Annual report on the lock hospitals of the Madras Presidency
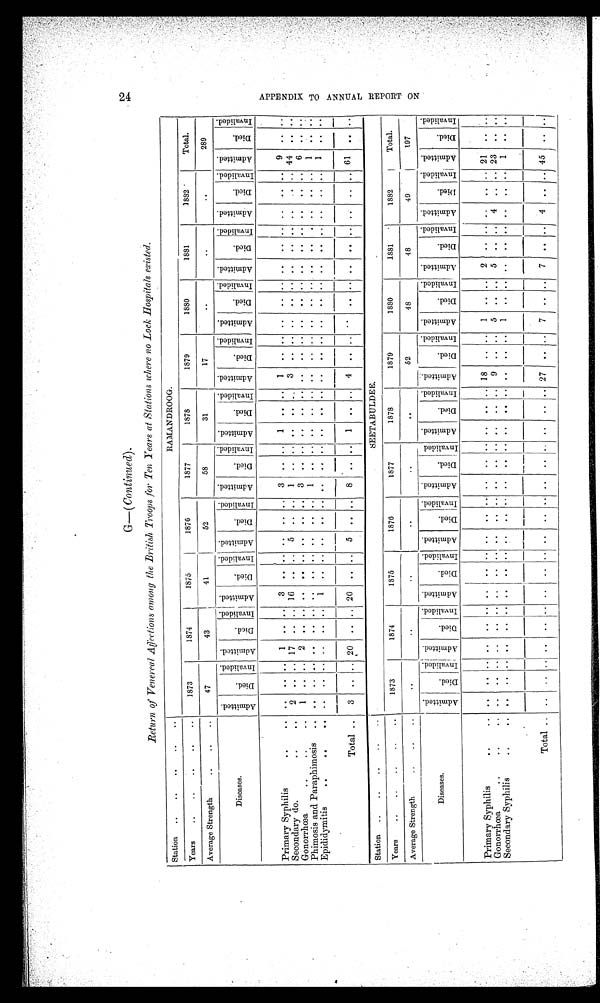
G—( Continued).
Return of Venereal Affections among the British Troops for Ten Years at Stations where no Lock _Hospitals existed.
Station ..
..
..
..
..
RAMANDROO
G
Years
..
..
..
..
..
1873
1874
1875
1876
1877
1878
1879
1880
1881
1882
Total.
Average Strength
..
..
..
47
43
41
52
58
31
17
..
..
..
289
Diseases.
A d m i t t e d .
Died.
I n v a l i d e d . A d m i t t e d .
D i e d . I n v a l i d e d .
A d m i t t e d .
Di e d .
I n v a l i d e d . A d m i t t e d .
D i e d . I n v a l i d e d .
A d m i t t e d .
D i e d .
I nva l i de d.
Admi t t ed.
D i e d .
I n v a l i d e d . A d m i t t e d .
D i e d .
I n v a l i d e d . A d m i t t e d . D i e d .
I nva l i de d. A d m i t t e d .
D i e d .
I n v a l i d e d . A d m i t t e d .
D i e d .
I n v a l i d e d .
Ad mi t t e d .
Di e d .
I n v a l i d e d .
Primary Syphilis
..
.. . .
. . . . 1 .. .. 3 .. .. .. .. .. 3 .. .. 1 .. .. 1
. . . . . .
. . . . . .
. . . .
. . . . . .
9 . . . .
Secondary do.
..
.. 2 .. .. 17 . . .. 16 .. .. 5 .. .. 1 .. .. .. .. ..
3
. . . . . .
. . . . . .
. . . .
. . . . . . 4 4
. . . .
Gonorrhœa
..
..
.. 1
. .
. . 2 . . .. . .
.. .. . . .. ..
3 . . . . ..
. .
. . ..
. . . . . .
. . . . . .
. . . .
. . . . . . 6
. . . .
Phimosis and Paraphimosis .. .. .. . . .. .. .. ..
. . ..
. .
. .
.. 1 ..
. . . .
. . . . . .
. . . . . .
. . . . . .
. . . .
. . . . . . 1 . . . .
Epididymitis
..
..
. .
. . . .
. .
. . . . 1 .. ..
. .
. .
..
. . ..
. . . .
. . . . . .
. . . . . .
. . . . . .
. . . .
. . . . . .
1 . . . .
Total ..
3
. .
. .
2 0
. .
..
2 0 ..
..
. 5 .
. .
..
3 .. . .
1 . .
. .
4 . .
. .
. .
. .
. . . .
. .
. .
. . . .
. . 61
. . . .
Station ..
..
..
..
..
SEETABULDEE.
Years
..
..
..
..
..
1873
1874
1875
1876
1877
1878
1879
1880
1881
1882
Total.
Average Strength
..
..
..
..
..
..
..
..
..
52
48
48
49
197
Diseases.
A d m i t t e d .
D i e d . I n v a l i d e d . Ad mi t t e d .
D i e d .
I n v a l i d e d . A d m i t t e d .
D i e d .
I n v a l i d e d . A d m i t t e d .
D i e d .
I n v a l i d e d . A d m i t t e d .
Di e d . I n v a l i d e d . Ad mi t t e d .
D i e d .
I n v a l i d e d .
A d m i t t e d .
D i e d .
I n v a l i d e d . A d m i t t e d .
D i e d .
I n v a l i d e d . A d m i t t e d .
D i e d .
I n v a l i d e d . A d m i t t e d .
Died.
I n v a l i d e d . A d m i t t e d .
D i e d .
I n v a l i d e d .
Primary Syphilis
.. ..
. .
. .
.. ..
. . . . . .
. . . . . . ..
. . . .
. . . .
..
. . . .
18 .. .. 1 .. .. 2 .. .. . .
. . .. 21 .. ..
Gonorrhœa
..
..
.. .. .. .. .. .. . . . .
. .
. . . .
. . . . . .
. .
. . ..
. .
. . 9 .. .. 5 .. .. 5 .. ..
4 .. ..
2 3 .. ..
Secondary Syphilis
..
..
. .
. .
..
..
. .
. .
. .
. .
. .
. . .. . .
. .
. . . .
..
. . . .
. .
. .
. .
1 . .
. . . .
. .
. . . .
. .
. . 1 . .
. .
T o t a l
. .
. .
. .
.. ..
. . . .
. .
. . . .
. .
..
. .
. .
. . . .
..
. . . .
2 7
. . . .
7 .. .. 7 . .
. . 4
. . . . 45 .. ..